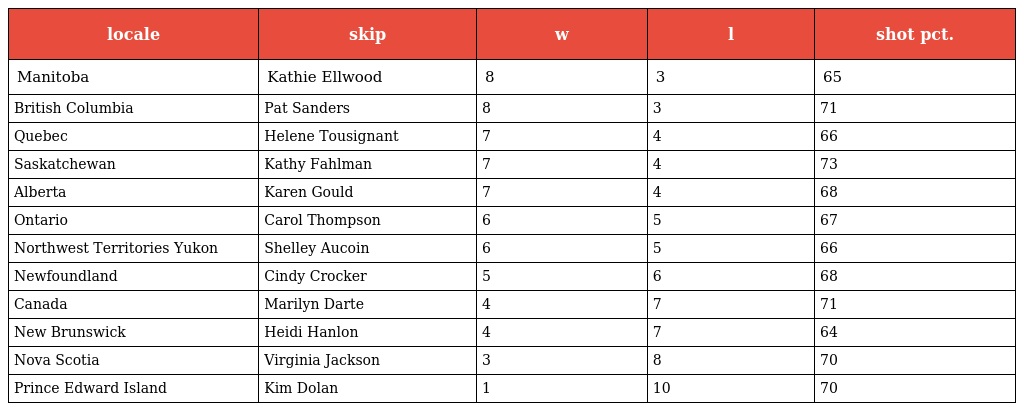
| locale | skip | w | l | shot pct. |
 | --- | --- | --- | --- | --- |
 | Manitoba | Kathie Ellwood | 8 | 3 | 65 |
 | British Columbia | Pat Sanders | 8 | 3 | 71 |
 | Quebec | Helene Tousignant | 7 | 4 | 66 |
 | Saskatchewan | Kathy Fahlman | 7 | 4 | 73 |
 | Alberta | Karen Gould | 7 | 4 | 68 |
 | Ontario | Carol Thompson | 6 | 5 | 67 |
 | Northwest Territories Yukon | Shelley Aucoin | 6 | 5 | 66 |
 | Newfoundland | Cindy Crocker | 5 | 6 | 68 |
 | Canada | Marilyn Darte | 4 | 7 | 71 |
 | New Brunswick | Heidi Hanlon | 4 | 7 | 64 |
 | Nova Scotia | Virginia Jackson | 3 | 8 | 70 |
 | Prince Edward Island | Kim Dolan | 1 | 10 | 70 |